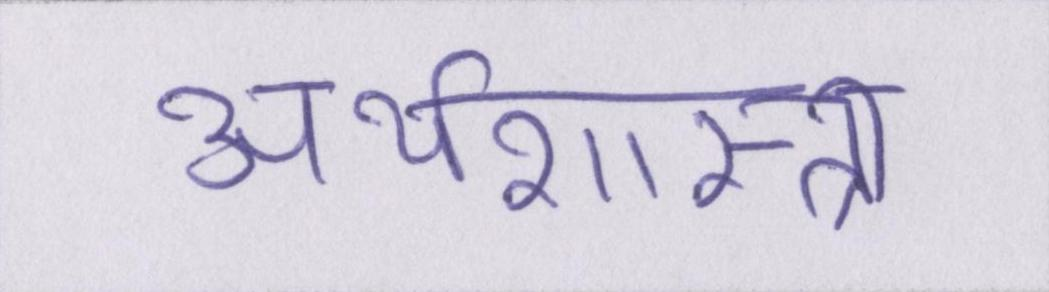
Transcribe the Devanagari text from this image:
अर्थशास्त्री